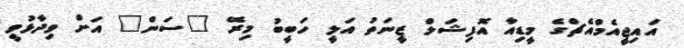
އައިޖީއެމްއެޗްގެ މީޑިއާ އޮފިޝަލް ޒީނަތު އަލީ ހަބީބު މިރޭ "ސަން" އަށް ވިދާޅުވީ